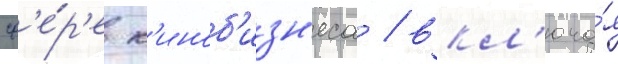
сф'е́р'е к'иноб'изн'еса / вкл'юча́я